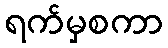
ရက်မှစကာ